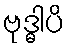
ဗုဒ္ဓါပိ